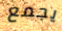
يجمع